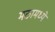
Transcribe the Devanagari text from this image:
मठामध्ये